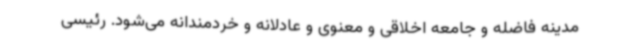
مدینه فاضله و جامعه اخلاقی و معنوی و عادلانه و خردمندانه می‌شود. رئیسی